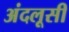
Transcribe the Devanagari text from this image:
अंदलूसी